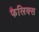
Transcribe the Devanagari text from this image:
फैलिक्स